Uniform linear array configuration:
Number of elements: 16
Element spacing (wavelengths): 0.25
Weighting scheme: exponential
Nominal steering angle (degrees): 30
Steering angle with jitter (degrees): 30.435
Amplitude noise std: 0.05
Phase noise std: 0.05

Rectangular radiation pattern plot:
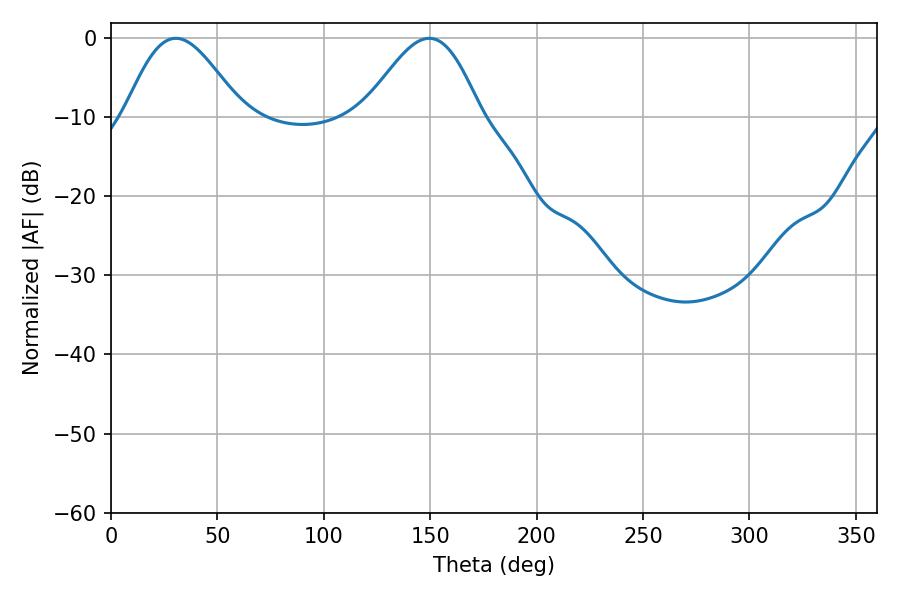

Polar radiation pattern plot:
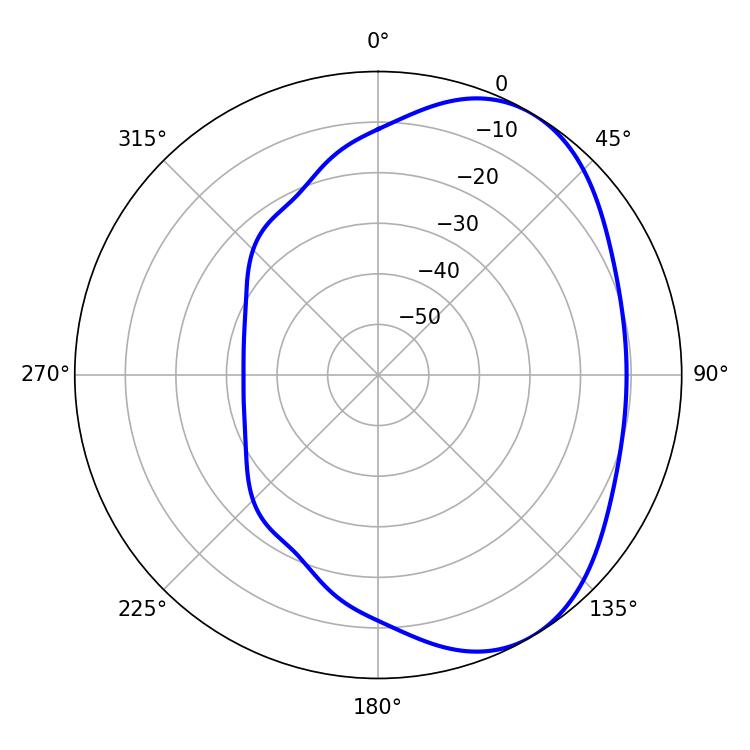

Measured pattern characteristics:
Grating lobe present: FALSE
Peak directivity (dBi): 4.768
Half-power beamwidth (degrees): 28.98
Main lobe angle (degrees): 30.42